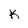
Character: K